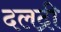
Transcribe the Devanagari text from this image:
दलद्री